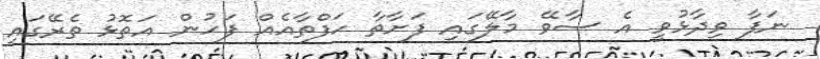
ނަފާ ވިދާޅުވީ އެ ސާވޭ މާލޭގައި ފަށާތާ ހަފްތާއެއް ފަހުން އަތޮޅު ތެރޭގައި